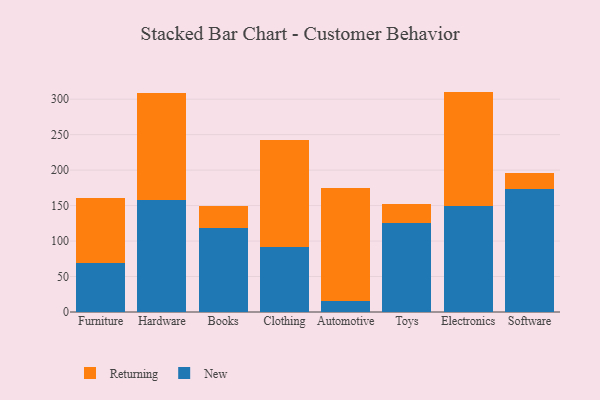
{"axis": {"x": "Category", "y": "Churn Rate (%)"}, "legend": ["New", "Returning"], "data": [{"x": "Furniture", "y": 69.2, "type": "New"}, {"x": "Furniture", "y": 91.7, "type": "Returning"}, {"x": "Hardware", "y": 158.3, "type": "New"}, {"x": "Hardware", "y": 150.2, "type": "Returning"}, {"x": "Books", "y": 117.8, "type": "New"}, {"x": "Books", "y": 32.0, "type": "Returning"}, {"x": "Clothing", "y": 91.9, "type": "New"}, {"x": "Clothing", "y": 149.9, "type": "Returning"}, {"x": "Automotive", "y": 15.8, "type": "New"}, {"x": "Automotive", "y": 159.6, "type": "Returning"}, {"x": "Toys", "y": 125.5, "type": "New"}, {"x": "Toys", "y": 26.2, "type": "Returning"}, {"x": "Electronics", "y": 150.1, "type": "New"}, {"x": "Electronics", "y": 160.6, "type": "Returning"}, {"x": "Software", "y": 173.3, "type": "New"}, {"x": "Software", "y": 22.7, "type": "Returning"}]}